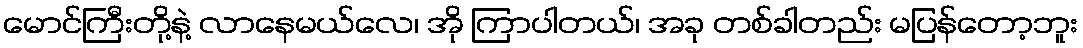
မောင်ကြီးတို့နဲ့ လာနေမယ်လေ၊ အို ကြာပါတယ်၊ အခု တစ်ခါတည်း မပြန်တော့ဘူး